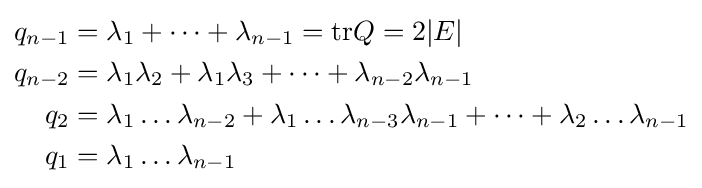
{\begin{aligned}q_{n-1}&=\lambda _{1}+\dots +\lambda _{n-1}=\mathrm {tr} Q=2|E|\\q_{n-2}&=\lambda _{1}\lambda _{2}+\lambda _{1}\lambda _{3}+\dots +\lambda _{n-2}\lambda _{n-1}\\q_{2}&=\lambda _{1}\dots \lambda _{n-2}+\lambda _{1}\dots \lambda _{n-3}\lambda _{n-1}+\dots +\lambda _{2}\dots \lambda _{n-1}\\q_{1}&=\lambda _{1}\dots \lambda _{n-1}\\\end{aligned}}